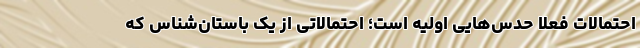
احتمالات فعلا حدس‌هایی اولیه است؛ احتمالاتی از یک باستان‌شناس که